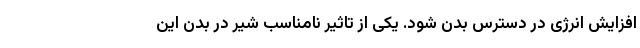
افزایش انرژی در دسترس بدن شود. یکی از تاثیر نامناسب شیر در بدن این